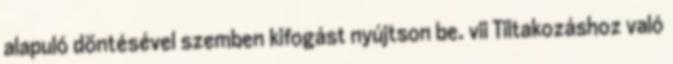
alapuló döntésével szemben kifogást nyújtson be. vii Tiltakozáshoz való